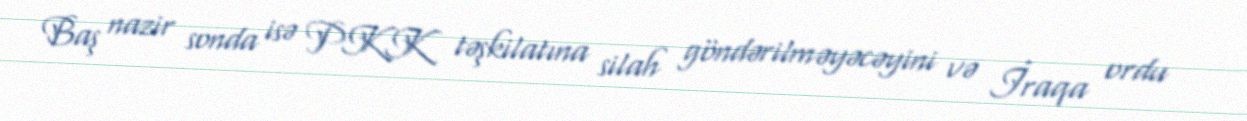
Baş nazir sonda isə PKK təşkilatına silah göndərilməyəcəyini və İraqa ordu